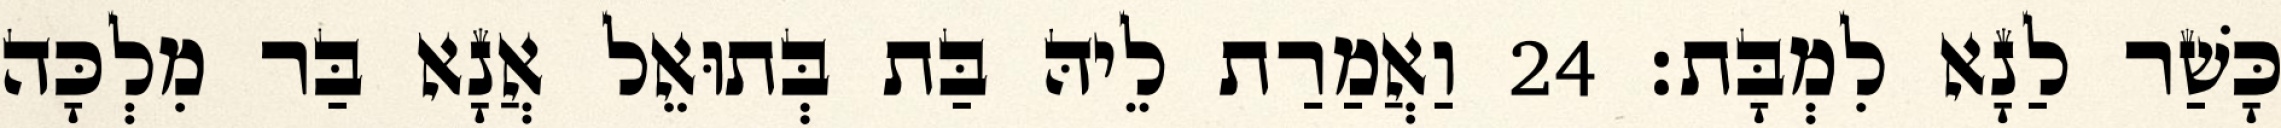
כָּשַׁר לַנָא לִמְבָּת׃ 24 וַאֲמַרַת לֵיהּ בַּת בְּתוּאֵל אֲנָא בַּר מִלְכָּה